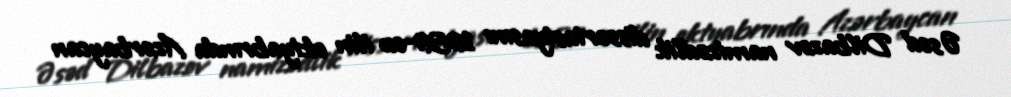
Əsəd Dilbazov namizədlik dissertasiyasını 1959-cu ilin oktyabrında Azərbaycan